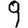
Digit: 9